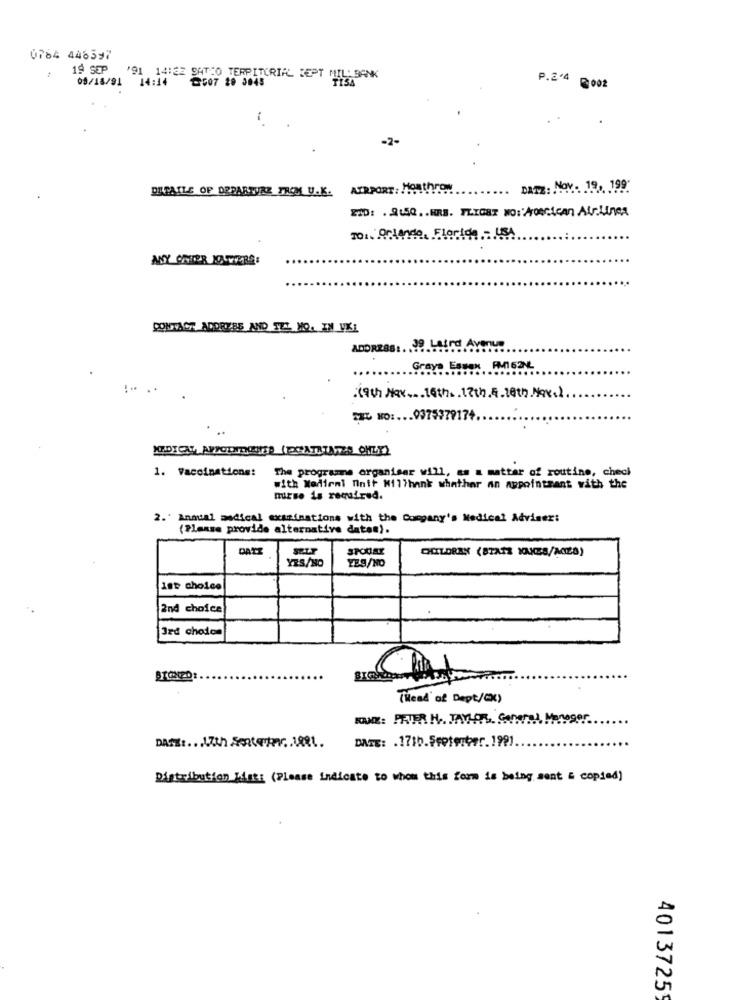
0764 446397
19 SEP
05/18/91 14:14
'91 14:32 SATIO TERRITORIAL DEPT MIL BANK
2007 20 3045
P.2.4 002
-2-
DETAILS OF DEPARTURE FROM U.K.
AIRPORT : MORthNON
DATE: NOV ... 19 .. 199
ZID: . 2.5Q .. HRB. FLYGET NO: AOGGican Atr.Lines
CONTACT ADDRESS AND TZI. NO. IN VK1
ADDRESS :. 19 Laird Avenue
Graya Essax AM162NL
.(9th N ... 16th. . 17th.4.18th.Nov.1.
MIL NO :... 0975979174.
MEDICAL, APTODIECENES ( ERATSTANZA CHEY)
1. Vaccinations!
The programne organiser will, es a matter of routine, checi
with Wedienl Minif Nilthank whathar an appointment with the
nurse is required.
2.' Annual medical examinations with the Company's Medical Adviser:
(Please provide alternative dates).
DATE
SPOUAY
CHILDREN (STATE IONES/A028)
YES/NO
YES/NO
1st choice
2nd choice
3rd choion
(Head' of Dept/CX)
ger
DASK :... L.Zth SeRten .. 1881.
Distribution kisti (Please indicate to whom this form is being sent & copied)
4013725